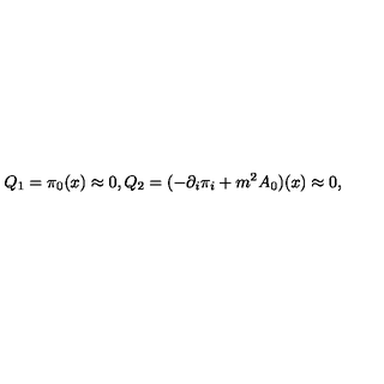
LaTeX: Q _ { 1 } = \pi _ { 0 } ( x ) \approx 0 , Q _ { 2 } = ( - { \partial _ { i } } \pi _ { i } + { m ^ { 2 } } A _ { 0 } ) ( x ) \approx 0 ,